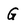
Character: G